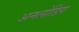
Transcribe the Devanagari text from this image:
अनलोडिंग